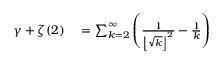
\begin{array} { r l } { \gamma + \zeta ( 2 ) } & { { } = \sum _ { k = 2 } ^ { \infty } \left( { \frac { 1 } { \left\lfloor { \sqrt { k } } \right\rfloor ^ { 2 } } } - { \frac { 1 } { k } } \right) } \end{array}